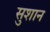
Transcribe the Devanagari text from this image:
सुशान